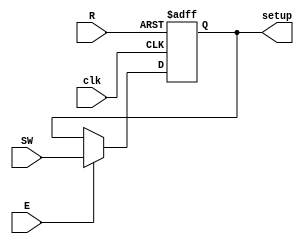
module REG_Setup (
    clk,
    R,           // Sinal de Reset
    E,           // Sinal de Enable
    SW,     // Entrada dos Switches (8 bits)
    setup // Sada de configurao (8 bits)
);
input clk, R, E;
input wire [7:0]SW;
output reg [7:0]setup;
    always @(posedge clk or posedge R) begin
        if (R) begin
            setup <= 8'b0;   // Reset em 0
        end else if (E) begin
            setup <= SW;    // Carrega o valor dos switches
        end
    end

endmodule